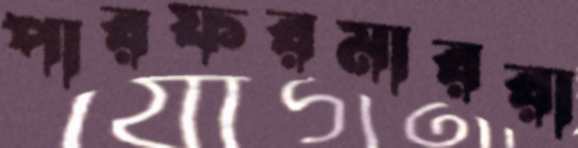
পারফরমাররা